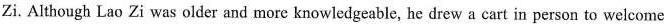
Zi. Although Lao Zi was older and more knowledgeable, he drew a cart in person to welcome